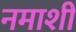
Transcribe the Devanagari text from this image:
नमाशी